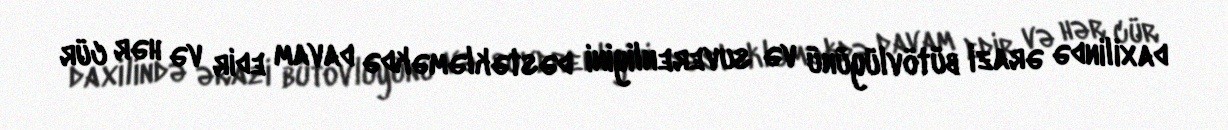
daxilində ərazi bütövlüyünü və suverenliyini dəstəkləməkdə davam edir və hər cür